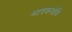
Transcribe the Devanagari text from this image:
श्रावकबोधि